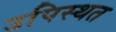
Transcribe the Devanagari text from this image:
उपिस्थत